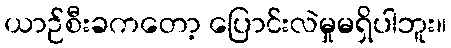
ယာဉ်စီးခကတော့ ပြောင်းလဲမှုမရှိပါဘူး။